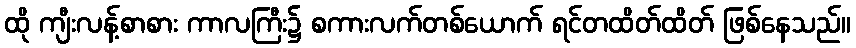
ထို ကျီးလန့်စာစား ကာလကြီး၌ စကားလက်တစ်ယောက် ရင်တထိတ်ထိတ် ဖြစ်နေသည်။